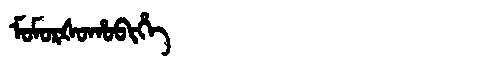
Manchu: ᠮᠣᠮᠣᡵᡧᠣᡥᠣᠪᡳᡥᡝ
Romanization: MOMORŠOHOBIHE